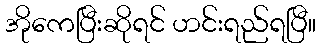
အိုကေပြီးဆိုရင် ဟင်းရည်ရပြီ။